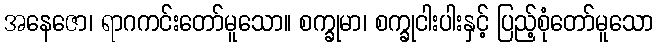
အနေဇော၊ ရာဂကင်းတော်မူသော။ စက္ခုမာ၊ စက္ခုငါးပါးနှင့် ပြည့်စုံတော်မူသော